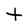
Character: t